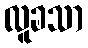
လူခသာ